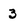
Character: 3